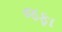
જફા